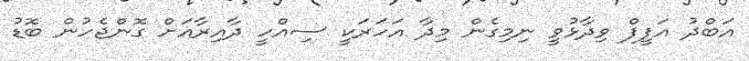
އަބްދު އަފީފް ވިދާޅުވީ ނިމިގެން މިދާ އަހަރަކީ ސިއްހީ ދާއިރާއަށް ގޮންޖެހުން ބޮޑު